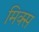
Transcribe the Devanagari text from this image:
मिक्‍स